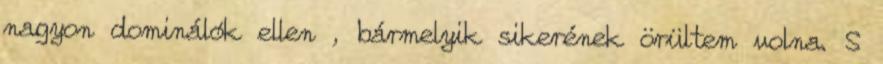
nagyon dominálók ellen , bármelyik sikerének örültem volna. S